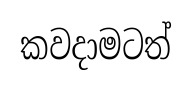
කවදාමටත්